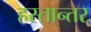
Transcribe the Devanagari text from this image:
हस्तान्तर